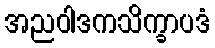
အညဝါဒကသိက္ခာပဒံ